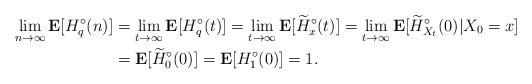
LaTeX: \begin{align*} \lim_{n\to\infty}\mathbf E[H_q^\circ(n)] & = \lim_{t\to\infty} \mathbf E[H_q^\circ(t)] = \lim_{t\to\infty} \mathbf E[\widetilde H^\circ_{x}(t)] = \lim_{t\to\infty} \mathbf E[\widetilde H^\circ_{X_t}(0)|X_0=x] \\ & = \mathbf E[\widetilde H_0^\circ(0)] = \mathbf E[H_1^\circ(0)] = 1.\end{align*}